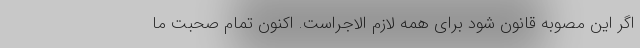
اگر این مصوبه قانون شود برای همه لازم الاجراست. اکنون تمام صحبت ما